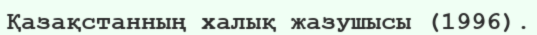
Қазақстанның халық жазушысы (1996).